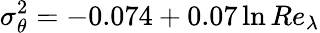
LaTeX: \sigma_{\theta}^{2}=-0.074+0.07\ln{Re_{\lambda}}